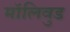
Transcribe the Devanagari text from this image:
मॉलिवुड